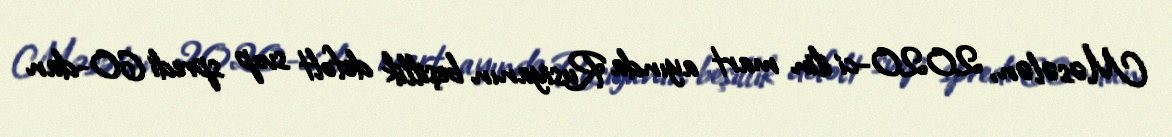
Məsələn, 2020-ci ilin mart ayında Rusiyanın beşillik defolt svop spredi 60-dan